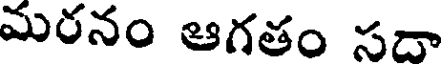
మరనం ఆగతం సదా